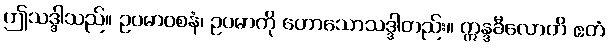
ဤသဒ္ဒါသည်။ ဥပမာဝစနံ၊ ဥပမာကို ဟောသောသဒ္ဒါတည်း။ ဣန္ဒခီလောတိ ဧတံ